Report on the bubonic plague in Bombay, 1896-1897
Year: 1896
Disease focus: Plague
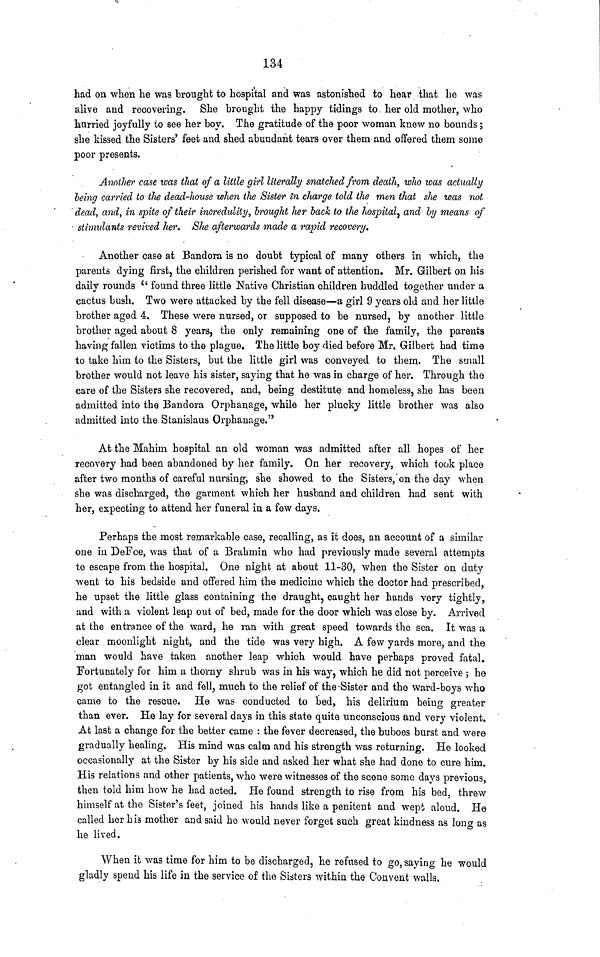
134
had on when he was brought to hospital and was astonished to hear that he was
alive and recovering. She brought the happy tidings to her old mother, who
hurried joyfully to see her boy. The gratitude of the poor woman knew no bounds ;
she kissed the Sisters' feet and shed abundant tears over them and offered them some
poor presents.
Another case was that of a little girl literally snatched from death, who was actually
being carried to the dead-house when the Sister in charge told the men that she was not
dead, and, in spite of their incredulity, brought her back to the hospital, and by means of
stimulants revived her. She afterwards made a rapid recovery.
Another case at Bandora is no doubt typical of many others in which, the
parents dying first, the children perished for want of attention. Mr. Gilbert on his
daily rounds "found three little Native Christian children huddled together under a
cactus bush. Two were attacked by the fell disease—a girl 9 years old and her little
brother aged 4. These were nursed, or supposed to be nursed, by another little
brother aged about 8 years, the only remaining one of the family, the parents
having fallen victims to the plague. The little boy died before Mr. Gilbert had time
to take him to the Sisters, but the little girl was conveyed to them. The small
brother would not leave his sister, saying that he was in charge of her. Through the
care of the Sisters she recovered, and, being destitute and homeless, she has been
admitted into the Bandora Orphanage, while her plucky little brother was also
admitted into the Stanislaus Orphanage."
At the Mahim hospital an old woman was admitted after all hopes of her
recovery had been abandoned by her family. On her recovery, which took place
after two months of careful nursing, she showed to the Sisters, on the day when
she was discharged, the garment which her husband and children had sent with
her, expecting to attend her funeral in a few days.
Perhaps the most remarkable case, recalling, as it does, an account of a similar
one in DeFoe, was that of a Brahmin who had previously made several attempts
to escape from the hospital. One night at about 11-30, when the Sister on duty
went to his bedside and offered him the medicine which the doctor had prescribed,
he upset the little glass containing the draught, caught her hands very tightly,
and with a violent leap out of bed, made for the door which was close by. Arrived
at the entrance of the ward, he ran with great speed towards the sea. It was a
clear moonlight night, and the tide was very high. A few yards more, and the
man would have taken another leap which would have perhaps proved fatal.
Fortunately for him a thorny shrub was in his way, which he did not perceive ; he
got entangled in it and fell, much to the relief of the Sister and the ward-boys who
came to the rescue. He was conducted to bed, his delirium being greater
than ever. He lay for several days in this state quite unconscious and very violent.
At last a change for the better came : the fever decreased, the buboes burst and were
gradually healing. His mind was calm and his strength was returning. He looked
occasionally at the Sister by his side and asked her what she had done to cure him.
His relations and other patients, who were witnesses of the scene some days previous,
then told him how he had acted. He found strength to rise from his bed, threw
himself at the Sister's feet, joined his hands like a penitent and wept aloud. He
called her his mother and said he would never forget such great kindness as long as
he lived.
When it was time for him to be discharged, he refused to go, saying he would
gladly spend his life in the service of the Sisters within the Convent walls.